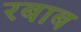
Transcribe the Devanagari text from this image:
रबाब